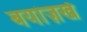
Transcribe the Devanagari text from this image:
बयांज़र्ख